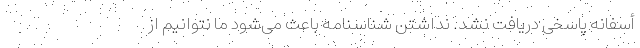
أسفانه پاسخی دریافت نشد. نداشتن شناسنامه باعث می‌شود ما نتوانیم از